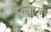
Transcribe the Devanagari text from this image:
माएने